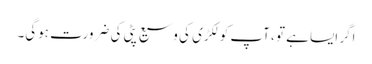
اگر ایسا ہے تو ، آپ کو لکڑی کی وسیع پٹی کی ضرورت ہوگی۔